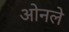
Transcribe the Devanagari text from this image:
ओनले